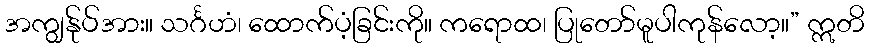
အကျွန်ုပ်အား။ သင်္ဂဟံ၊ ထောက်ပံ့ခြင်းကို။ ကရောထ၊ ပြုတော်မူပါကုန်လော့။” ဣတိ